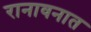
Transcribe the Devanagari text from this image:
रानावनात